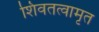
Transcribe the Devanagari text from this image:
शिवतत्वामृत